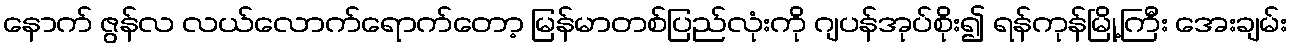
နောက် ဇွန်လ လယ်လောက်ရောက်တော့ မြန်မာတစ်ပြည်လုံးကို ဂျပန်အုပ်စိုး၍ ရန်ကုန်မြို့ကြီး အေးချမ်း